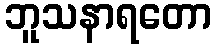
ဘူသနာရတော